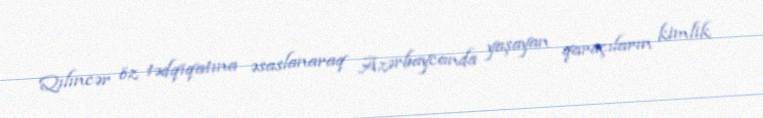
Qılıncər öz tədqiqatına əsaslanaraq Azərbaycanda yaşayan qaraçıların kimlik